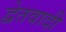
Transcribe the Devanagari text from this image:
द्वेतवादी